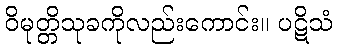
ဝိမုတ္တိသုခကိုလည်းကောင်း။ ပဋိသံ